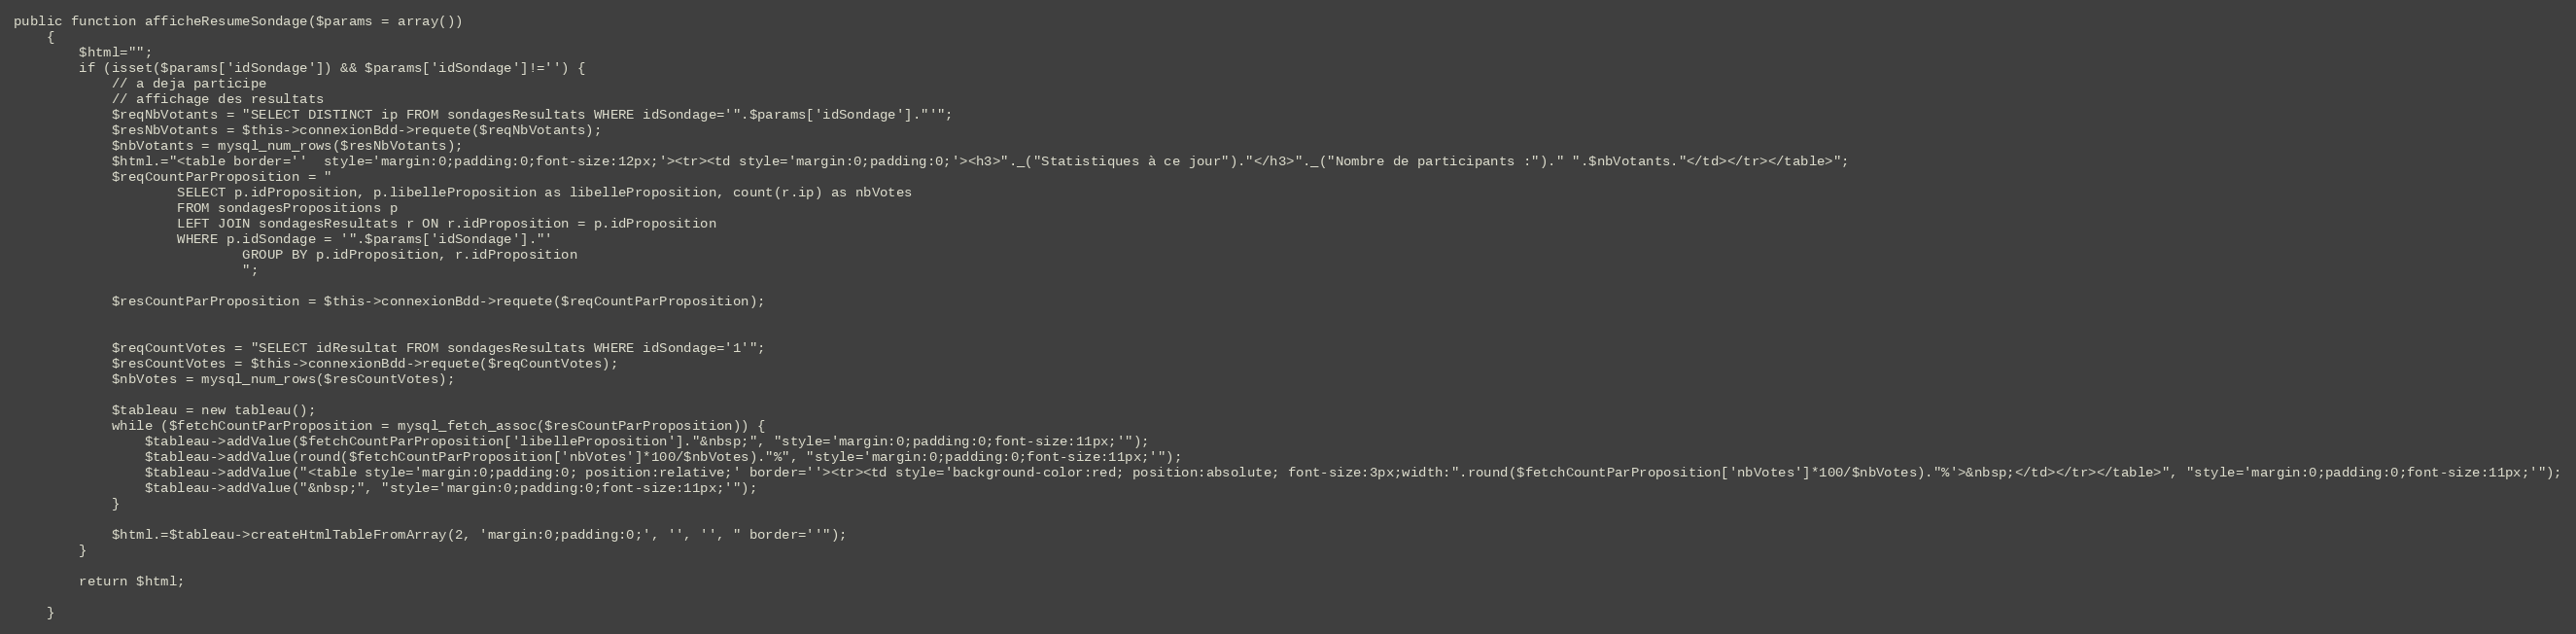
Language: PHP
public function afficheResumeSondage($params = array())
	{
		$html="";
		if (isset($params['idSondage']) && $params['idSondage']!='') {
			// a deja participe
			// affichage des resultats
			$reqNbVotants = "SELECT DISTINCT ip FROM sondagesResultats WHERE idSondage='".$params['idSondage']."'";
			$resNbVotants = $this->connexionBdd->requete($reqNbVotants);
			$nbVotants = mysql_num_rows($resNbVotants);
			$html.="<table border=''  style='margin:0;padding:0;font-size:12px;'><tr><td style='margin:0;padding:0;'><h3>"._("Statistiques à ce jour")."</h3>"._("Nombre de participants :")." ".$nbVotants."</td></tr></table>";
			$reqCountParProposition = "
					SELECT p.idProposition, p.libelleProposition as libelleProposition, count(r.ip) as nbVotes
					FROM sondagesPropositions p
					LEFT JOIN sondagesResultats r ON r.idProposition = p.idProposition
					WHERE p.idSondage = '".$params['idSondage']."'
							GROUP BY p.idProposition, r.idProposition
							";

			$resCountParProposition = $this->connexionBdd->requete($reqCountParProposition);

			$reqCountVotes = "SELECT idResultat FROM sondagesResultats WHERE idSondage='1'";
			$resCountVotes = $this->connexionBdd->requete($reqCountVotes);
			$nbVotes = mysql_num_rows($resCountVotes);

			$tableau = new tableau();
			while ($fetchCountParProposition = mysql_fetch_assoc($resCountParProposition)) {
				$tableau->addValue($fetchCountParProposition['libelleProposition']."&nbsp;", "style='margin:0;padding:0;font-size:11px;'");
				$tableau->addValue(round($fetchCountParProposition['nbVotes']*100/$nbVotes)."%", "style='margin:0;padding:0;font-size:11px;'");
				$tableau->addValue("<table style='margin:0;padding:0; position:relative;' border=''><tr><td style='background-color:red; position:absolute; font-size:3px;width:".round($fetchCountParProposition['nbVotes']*100/$nbVotes)."%'>&nbsp;</td></tr></table>", "style='margin:0;padding:0;font-size:11px;'");
				$tableau->addValue("&nbsp;", "style='margin:0;padding:0;font-size:11px;'");
			}

			$html.=$tableau->createHtmlTableFromArray(2, 'margin:0;padding:0;', '', '', " border=''");
		}

		return $html;

	}